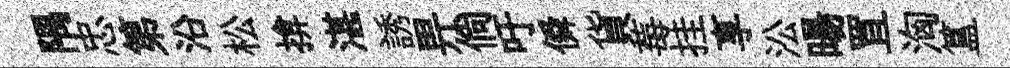
隅忠第沿松揜湛誘畀倘吁僢貨莓挂享㳂暘罝洶簋